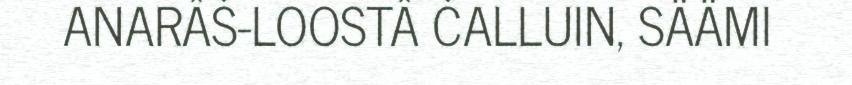
ANARÂŠ-LOOSTÂ ČALLUIN, SÄÄMI